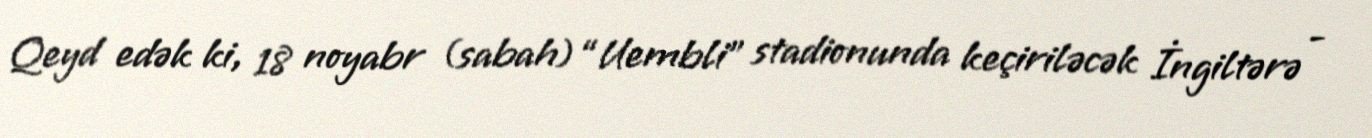
Qeyd edək ki, 18 noyabr (sabah) “Uembli” stadionunda keçiriləcək İngiltərə -